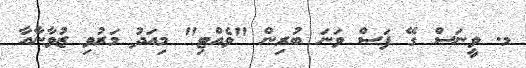
މ. ވީނަސް ގޭ ފަސް ވަނަ ބުރިން "ވެއްޓި" މިއަދު މަރުވި ޒުވާނާއާ